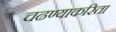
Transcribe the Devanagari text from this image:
चढण्याकरिता